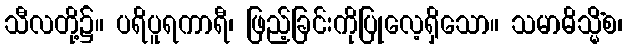
သီလတို့၌။ ပရိပူရကာရီ၊ ဖြည့်ခြင်းကိုပြုလေ့ရှိသော။ သမာဓိသ္မိံစ၊